Indian journal of veterinary science and animal husbandry - Volume 14,
Year: 1944
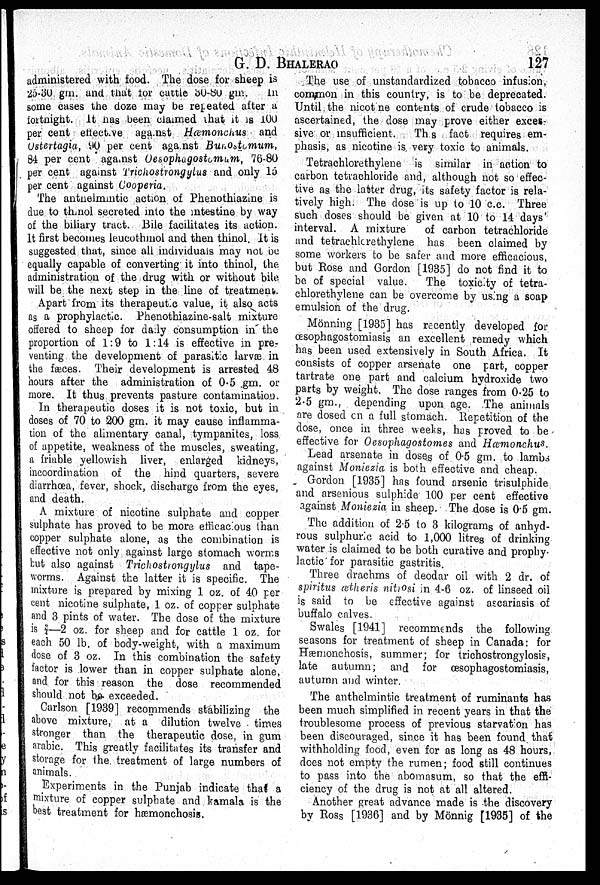
G.
D.
BHALERAO
127
administered with food. The dose for sheep is
25-30 gm. and that for cattle 30-80 gm.
in
some cases the doze may be repeated after a
fortnight. It has been claimed that it is 100
per cent effective against Hæmonchus and
Ostertagia, 90 per cent against Bunostomum,
84 per cent against Oesophagostomum, 76-80
per cent against Trichostrongylus and only 15
per cent against Cooperia.
The anthelmintic action of Phenothiazine is
due to thinol secreted into the intestine by way
of the biliary tract. Bile facilitates its action.
It first becomes leucothinol and then thinol. It is
suggested that, since all individuals may not be
equally capable of converting it into thinol, the.
administration of the drug with or without bile
will be the next step in the line of treatment.
Apart from its therapeutic value, it also acts
as a prophylactic. Phenothiazine-salt mixture
offered to sheep for daily consumption in the
proportion of 1:9 to 1:14 is effective in pre-
venting the development of parasitic larvæ in
the fæces. Their development is arrested 48
hours after the administration of 0.5 .gm. or
more. It thus prevents pasture contamination.
In therapeutic doses it is not toxic, but in
doses of 70 to 200 gm. it may cause inflamma-
tion of the alimentary canal, tympanites, loss
of appetite, weakness of the muscles, sweating,
a friable yellowish liver, enlarged kidneys,
incoordination of the hind quarters, severe
diarrhœa, fever, shock, discharge from the eyes,
and death.
A mixture of nicotine sulphate and copper
sulphate has proved to be more efficacious than
copper sulphate alone, as the combination is
effective not only against large stomach worms
but also against Trichostrongylus and tape-
worms. Against the latter it is specific. The
mixture is prepared by mixing 1 oz. of 40 per
cent nicotine sulphate, 1 oz. of copper sulphate
and 3 pints of water. The dose of the mixture
is ¾—2 oz. for sheep and for cattle 1 oz. for
each 50 lb. of body-weight, with a maximum
dose of 3 oz. In this combination the safety
factor is lower than in copper sulphate alone,
and for this reason the dose recommended
should not be exceeded.
Carlson [1939] recommends stabilizing the
above mixture, at a dilution twelve times
stronger than the therapeutic dose, in gum
arabic. This greatly facilitates its transfer and
storage for the treatment of large numbers of
animals.
Experiments in the Punjab indicate that a
mixture of copper sulphate and kamala is the
best treatment for hæmonchosis.
The use of unstandardized tobacco infusion,
common in this country, is to be deprecated.
Until the nicotine contents of crude tobacco is
ascertained, the dose may prove either exces-
sive or insufficient.
This fact requires em-
phasis, as nicotine is. very toxic to animals.
Tetrachlorethylene is similar in action to
carbon tetrachloride and, although not so effec-
tive as the latter drug, its safety factor is rela-
tively high. The dose is up to 10 c.c. Three
such doses should be given at 10 to 14 days'
interval. A mixture
of carbon tetrachloride
and tetrachlorethylene has been claimed by
some workers to be safer and more efficacious,
but Rose and Gordon [1935] do not find it to
be of special value.
The toxicity of tetra-
chlorethylene can be overcome by using a soap
emulsion of the drug.
Mönning [1935] has recently developed for
œsophagostomiasis an excellent remedy which
has been used extensively in South Africa. It
consists of copper arsenate one part, copper
tartrate one part and calcium hydroxide two
parts by weight. The dose ranges from 0.25 to
2.5 gm., depending upon age. The animals
are dosed on a full stomach. Repetition of the
dose, once in three weeks, has proved to be
effective for Oesophagostomes and Hæmonchus.
Lead arsenate in doses of 0.5 gm. to lambs
against Moniezia is both effective and cheap.
Gordon [1935] has found arsenic trisulphide
and arsenious sulphide 100 per cent effective
against Moniezia in sheep. The dose is 0.5 gm.
The addition of 2.5 to 3 kilograms of anhyd-
rous sulphuric acid to 1,000 litres of drinking
water is claimed to be both curative and prophy-
lactic for parasitic gastritis.
Three drachms of deodar oil with 2 dr. of
spiritus ætheris nitrosi in 4-6 oz. of linseed oil
is said to be effective against ascariasis of
buffalo calves.
Swales [1941] recommends the following
seasons for treatment of sheep in Canada: for
Hæmonchosis, summer; for trichostrongylosis,
late autumn; and for œsophagostomiasis,
autumn and winter.
The anthelmintic treatment of ruminants has
been much simplified in recent years in that the
troublesome process of previous starvation has
been discouraged, since it has been found that
withholding food, even for as long as 48 hours,
does not empty the rumen; food still continues
to pass into the abomasum, so that the effi-
ciency of the drug is not at all altered.
Another great advance made is the discovery
by Ross [1936] and by Mönnig [1935] of the